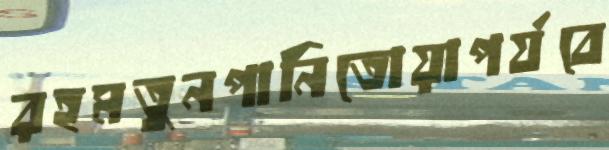
রহমতুনপানিতোয়াপর্যবে